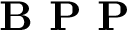
\textbf { B P P }